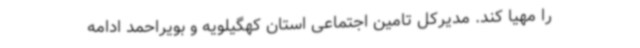
را مهیا کند. مدیرکل تامین اجتماعی استان کهگیلویه و بویراحمد ادامه